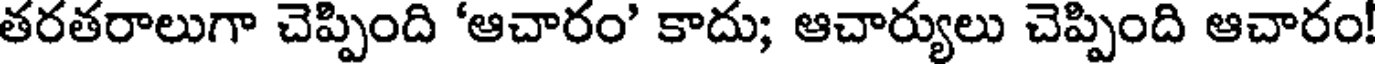
తరతరాలుగా చెప్పింది 'ఆచారం' కాదు; ఆచార్యులు చెప్పింది ఆచారం!